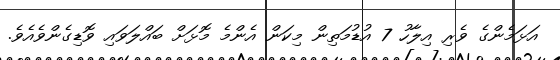
އަޅަމެންގެ ވެރި އިލާހު 7 އުޑުމަތިން މިކަން އެންމެ މޮޅަށް ބައްލަވައި ވޮޑިގެންވެއެވެ.